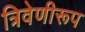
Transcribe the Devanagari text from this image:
त्रिवेणीरूप